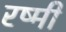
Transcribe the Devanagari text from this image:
रष्मी